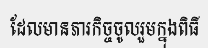
ដែលមានភារកិច្ចចូលរួមក្នុងពិធី